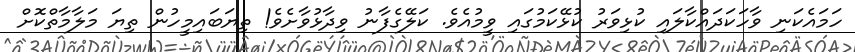
ހަމައެކަނި ވާހަކަދައްކާލައި ކުޅިވަރު ކުޅޭކަމުގައި ވީމުއެވެ. ކަލޭގެފާނު ވިދާޅުވާށެވެ! ތިޔަބައިމީހުން ތިޔަ މަލާމާތްކޮށް